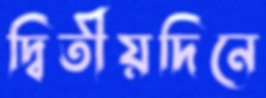
দ্বিতীয়দিনে